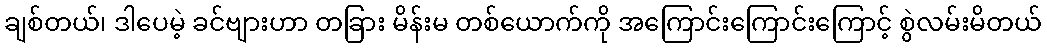
ချစ်တယ်၊ ဒါပေမဲ့ ခင်ဗျားဟာ တခြား မိန်းမ တစ်ယောက်ကို အကြောင်းကြောင်းကြောင့် စွဲလမ်းမိတယ်